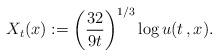
LaTeX: \begin{align*}X_t(x) := \left( \frac{32}{9t}\right)^{1/3}\log u(t\,,x).\end{align*}